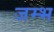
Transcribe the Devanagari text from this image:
जम्भ